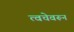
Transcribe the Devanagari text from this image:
त्वचेवरून